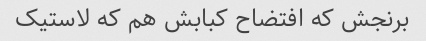
برنجش که افتضاح کبابش هم که لاستیک